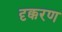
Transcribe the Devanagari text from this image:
दृक्करण